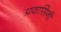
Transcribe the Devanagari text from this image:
प्रवासिनी